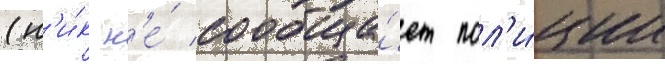
(н'и́к н'е́ сообща́ет пол'и́ции